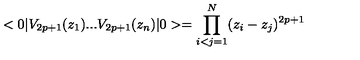
< 0 | V _ { 2 p + 1 } ( z _ { 1 } ) . . . V _ { 2 p + 1 } ( z _ { n } ) | 0 > = \prod _ { i < j = 1 } ^ { N } ( z _ { i } - z _ { j } ) ^ { 2 p + 1 }